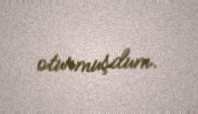
oturmuşdum.